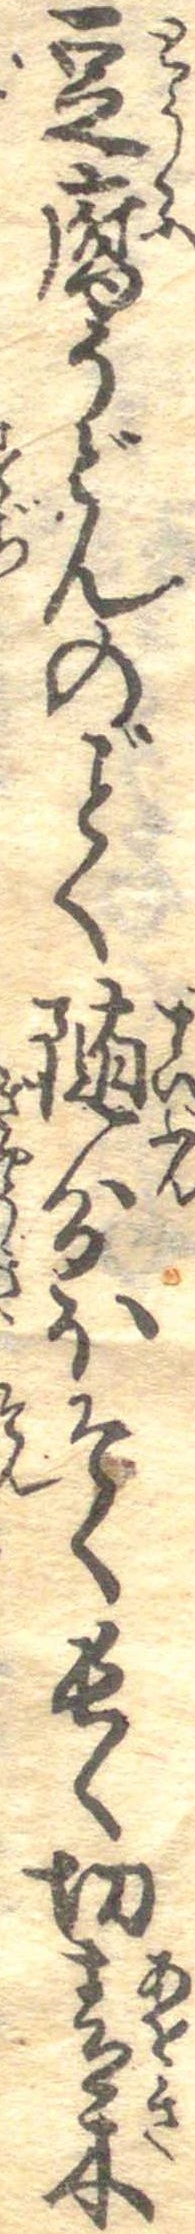
豆腐うどんのごとく随分ほそく長く切青本